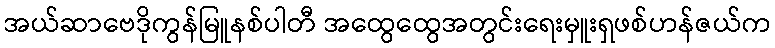
အယ်ဆာဗေဒိုကွန်မြူနစ်ပါတီ အထွေထွေအတွင်းရေးမှူးရှဖစ်ဟန်ဇယ်က